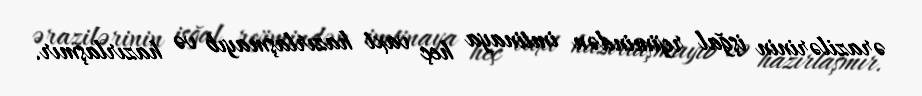
ərazilərinin işğal rejimindən imtinaya heç vaxt hazırlaşmayıb və hazırlaşmır.